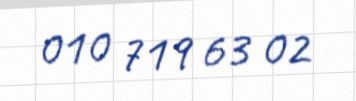
010 719 63 02